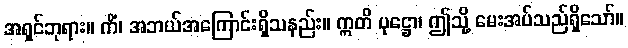
အရှင်ဘုရား။ ကိံ၊ အဘယ်အကြောင်းရှိသနည်း။ ဣတိ ပုဋ္ဌော၊ ဤသို့ မေးအပ်သည်ရှိသော်။